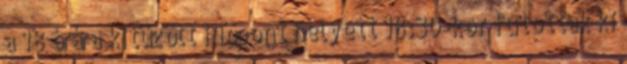
a 18 órára kitűzött időpont helyett 18:30-kor futottak ki